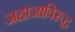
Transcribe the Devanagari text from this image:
जहाजाविरुद्ध